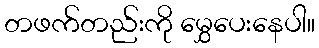
တဖက်တည်းကို မွှေပေးနေပါ။